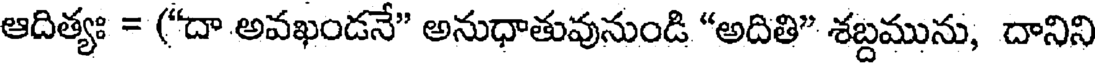
ఆదిత్యః = ("దా అవఖండనే" అనుధాతువునుండి "అదితి" శబ్దమును, దానిని